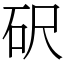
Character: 𥐮